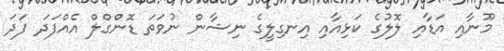
މޫނާއި އަޑާއި ލޮލުގެ ކަޅިއާއި އިނގިލީގެ ނިޝާން ނުވަތަ ޑޮންގްލް އެއްފަދަ ފަދަ